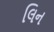
લિન